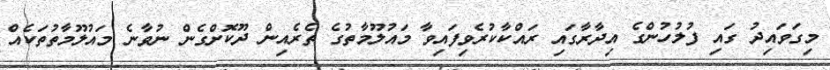
މިގަވައިދު ގައި ފުލުހުންގެ އިދާރާގައި ރައްކާކުރެވިފައިވާ މައުލޫމާތުގެ ތެރެއިން ދޫކޮށްގެން ނުވާނެ މައުލޫމާތުތަކެއް